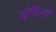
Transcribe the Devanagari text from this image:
जुंपिती